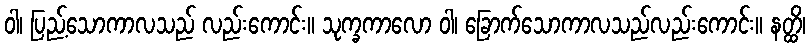
ဝါ၊ ပြည့်သောကာလသည် လည်းကောင်း။ သုက္ခကာလော ဝါ၊ ခြောက်သောကာလသည်လည်းကောင်း။ နတ္ထိ၊